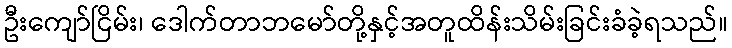
ဦးကျော်ငြိမ်း၊ ဒေါက်တာဘမော်တို့နှင့်အတူထိန်းသိမ်းခြင်းခံခဲ့ရသည်။